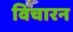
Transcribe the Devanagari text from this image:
विचारन